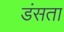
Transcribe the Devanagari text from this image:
डंसता